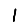
Digit: 1